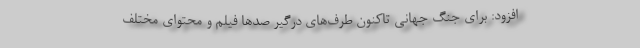
افزود: برای جنگ جهانی تاکنون طرف‌های درگیر صدها فیلم و محتوای مختلف